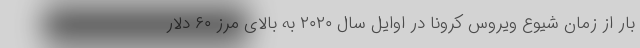
بار از زمان شیوع ویروس کرونا در اوایل سال ۲۰۲۰ به بالای مرز ۶۰ دلار